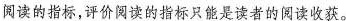
阅读的指标，评价阅读的指标只能是读者的阅读收获。